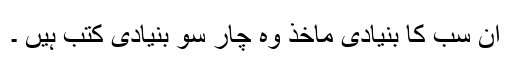
ان سب کا بنیادی ماخذ وہ چار سو بنیادی کتب ہیں ۔